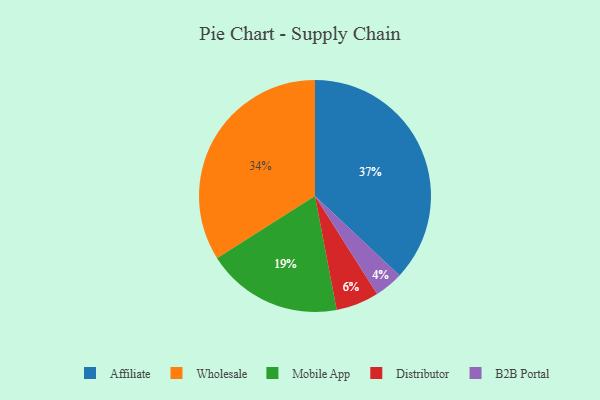
{"axis": {"x": "Category", "y": "Percentage"}, "legend": ["Affiliate", "B2B Portal", "Distributor", "Mobile App", "Wholesale"], "data": [{"x": "Mobile App", "y": 19, "type": "Mobile App"}, {"x": "B2B Portal", "y": 4, "type": "B2B Portal"}, {"x": "Wholesale", "y": 34, "type": "Wholesale"}, {"x": "Distributor", "y": 6, "type": "Distributor"}, {"x": "Affiliate", "y": 37, "type": "Affiliate"}]}